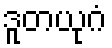
ဒူတယုဂံ